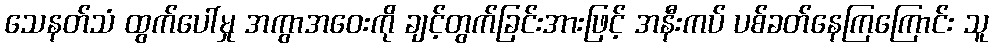
သေနတ်သံ ထွက်ပေါ်မှု အကွာအဝေးကို ချင့်တွက်ခြင်းအားဖြင့် အနီးကပ် ပစ်ခတ်နေကြကြောင်း သူ